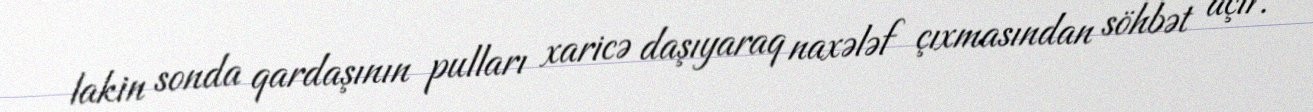
lakin sonda qardaşının pulları xaricə daşıyaraq naxələf çıxmasından söhbət açır.